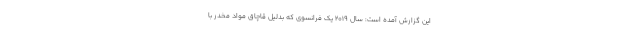
این گزارش آمده است: سال ۲۰۱۹ یک فرانسوی که بدلیل قاچاق مواد مخدر با